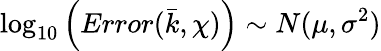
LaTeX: \log_{10}\left(Error(\bar{k},\chi)\right)\sim N(\mu,\sigma^{2})